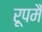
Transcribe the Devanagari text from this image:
रूपमै